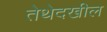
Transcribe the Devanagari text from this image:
तेथेदखील